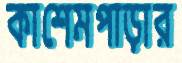
কাশেমপাড়ার